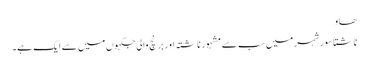
ھاو
ناشتا سور شہر میں سب سے مشہور ناشتہ اور برنچ والی جگہوں میں سے ایک ہے۔